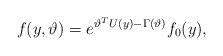
LaTeX: \begin{align*} f(y, \vartheta) = e^{\vartheta^T U(y) - \Gamma(\vartheta)}f_0(y), \end{align*}